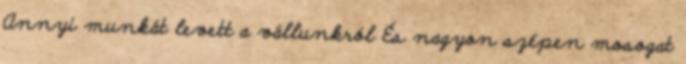
Annyi munkát levett a vállunkról És nagyon szépen mosogat